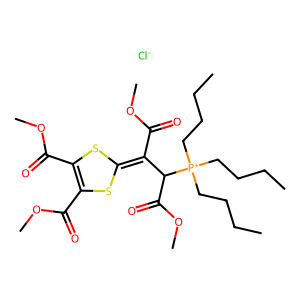
SMILES: CCCC[P+](CCCC)(CCCC)C(C(=O)OC)C(C(=O)OC)=C1SC(C(=O)OC)=C(C(=O)OC)S1.[Cl-]
Inhibits HIV replication: No